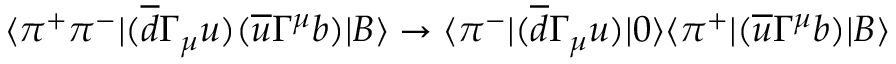
\langle \pi ^ { + } \pi ^ { - } | ( \overline { { { d } } } \Gamma _ { \mu } u ) ( \overline { { { u } } } \Gamma ^ { \mu } b ) | B \rangle \rightarrow \langle \pi ^ { - } | ( \overline { { { d } } } \Gamma _ { \mu } u ) | 0 \rangle \langle \pi ^ { + } | ( \overline { { { u } } } \Gamma ^ { \mu } b ) | B \rangle